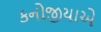
કનોજીયાએ